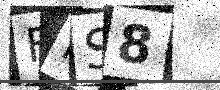
Text: FFS8